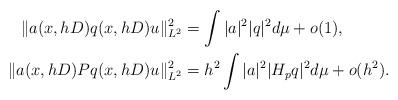
LaTeX: \begin{align*}\|a(x,hD)q(x,hD)u\|_{L^2}^2&=\int |a|^2|q|^2d\mu +o(1),\\\|a(x,hD)Pq(x,hD)u\|_{L^2}^2&=h^2\int |a|^2|H_pq|^2d\mu +o(h^2).\end{align*}